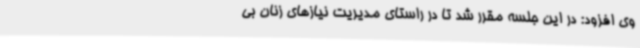
وی افزود: در این جلسه مقرر شد تا در راستای مدیریت نیازهای زنان بی